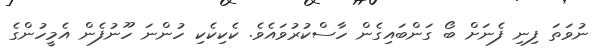
ނުވަތަ ފިނި ފެނަށް ބޯ ގަންބައިގެން ހާސްކުރުވައެވެ. ކެކިކެކި ހުންނަ ހޫނުފެން އެމީހުންގެ